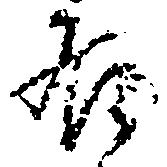
居